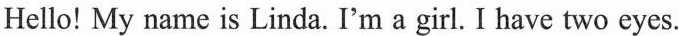
Hello! My name is Linda. I'm a girl.I have two eyes.